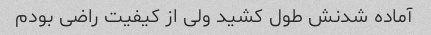
آماده شدنش طول کشید ولی از کیفیت راضی بودم